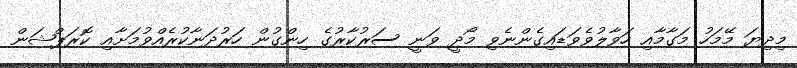
މިދިޔަ މޭމަހު މަގާމާއި ހަވާލުވެވަޑައިގެންނެވި މޯދީ ވަނީ ސަރުކާރުގެ ހިންގުން ހަރުދަނާކުރެއްވުމަށާއި ކޮރަޕްޝަން